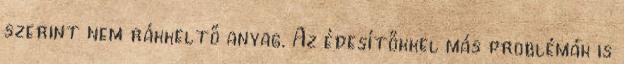
szerint nem rákkeltő anyag. Az édesítőkkel más problémák is